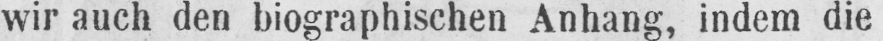
wir auch den biographischen Anhang, indem die